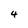
Character: 4